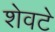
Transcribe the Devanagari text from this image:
शेवटे